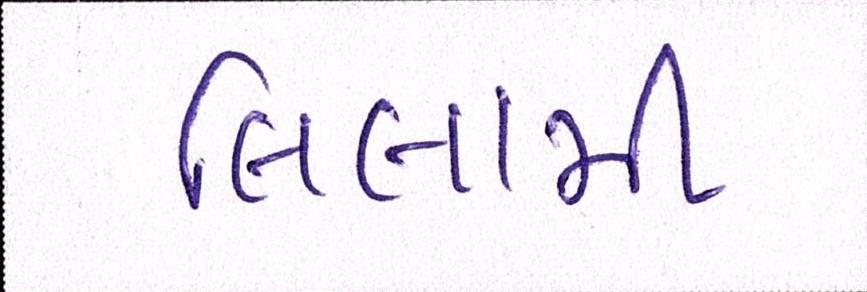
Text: લિલામી